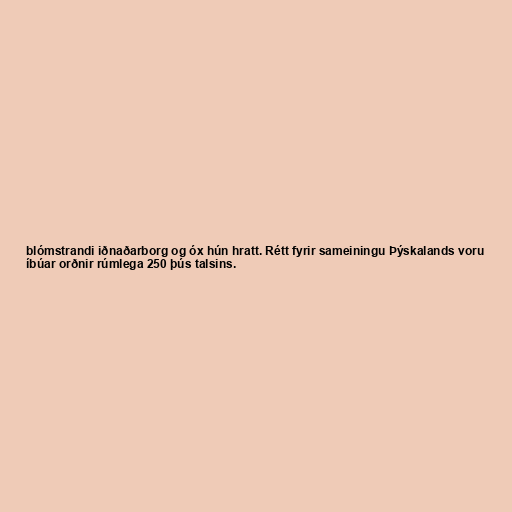
blómstrandi iðnaðarborg og óx hún hratt. Rétt fyrir sameiningu Þýskalands voru
íbúar orðnir rúmlega 250 þús talsins.